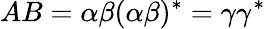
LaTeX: AB=\alpha\beta(\alpha\beta)^{*}=\gamma\gamma^{*}